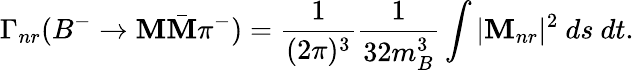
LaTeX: \Gamma_{nr}(B^{-}\to\mathbf{M}\bar{{\mathbf{M}}}\pi^{-})=\frac{{1}}{{(2\pi)^{3}}}\frac{{1}}{{32m_{B}^{3}}}\int|{\cal\mathbf{M}}_{nr}|^{2}~ds~dt.